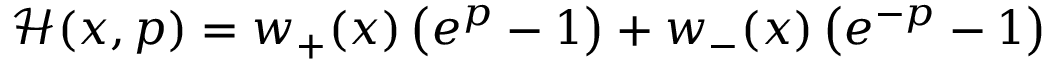
\begin{array} { r } { \mathcal { H } ( x , p ) = { w _ { + } } ( x ) \left( { { e ^ { p } } - 1 } \right) + { w _ { - } } ( x ) \left( { { e ^ { - p } } - 1 } \right) } \end{array}